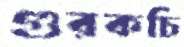
গুরকচি